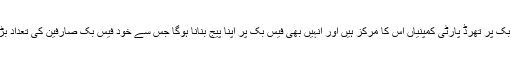
تاہم فیس بک پر تھرڈ پارٹی کمپنیاں اس کا مرکز ہیں اور انہیں بھی فیس بک پر اپنا پیج بنانا ہوگا جس سے خود فیس بک صارفین کی تعداد بڑھے گی۔